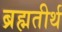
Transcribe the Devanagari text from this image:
ब्रह्मतीर्थ